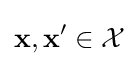
\mathbf {x} ,\mathbf {x'} \in {\mathcal {X}}